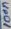
Text: 100n